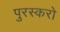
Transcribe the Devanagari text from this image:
पुरस्करो